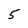
Character: 5